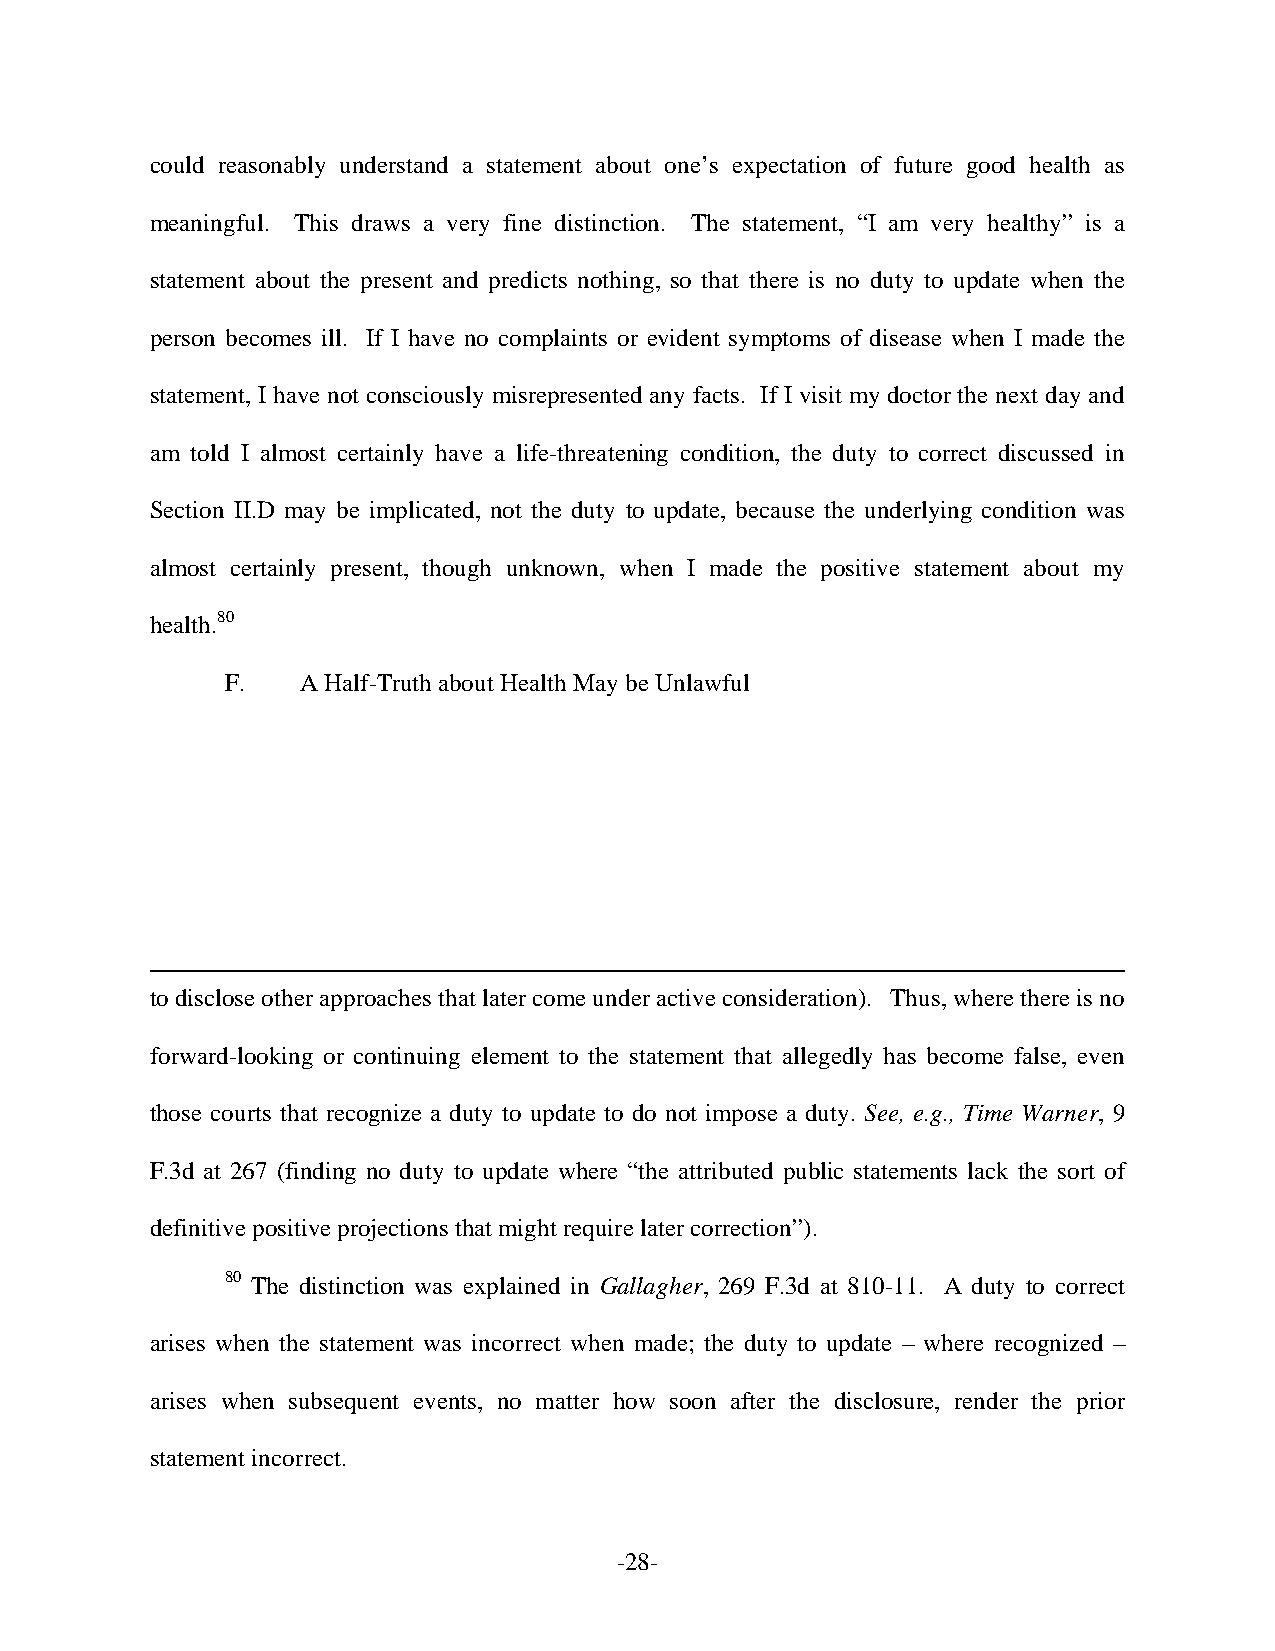
could reasonably understand a statement about one’s expectation of future good health as
 meaningful. This draws a very fine distinction. The statement, “I am very healthy” is a
 statement about the present and predicts nothing, so that there is no duty to update when the
 person becomes ill. If I have no complaints or evident symptoms of disease when I made the
 statement, I have not consciously misrepresented any facts. If I visit my doctor the next day and
 am told I almost certainly have a life-threatening condition, the duty to correct discussed in
 Section II.D may be implicated, not the duty to update, because the underlying condition was
 almost certainly present, though unknown, when I made the positive statement about my
 health.80
 F.   A Half-Truth about Health May be Unlawful
 to disclose other approaches that later come under active consideration). Thus, where there is no
 forward-looking or continuing element to the statement that allegedly has become false, even
 those courts that recognize a duty to update to do not impose a duty. See, e.g., Time Warner, 9
 F.3d at 267 (finding no duty to update where “the attributed public statements lack the sort of
 definitive positive projections that might require later correction”).
 80 The distinction was explained in Gallagher, 269 F.3d at 810-11. A duty to correct
 arises when the statement was incorrect when made; the duty to update – where recognized –
 arises when subsequent events, no matter how soon after the disclosure, render the prior
 statement incorrect.
 -28-